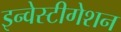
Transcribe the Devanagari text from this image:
इन्वेस्टीगेशन